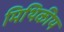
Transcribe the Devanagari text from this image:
मिथिकीय